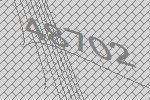
48702